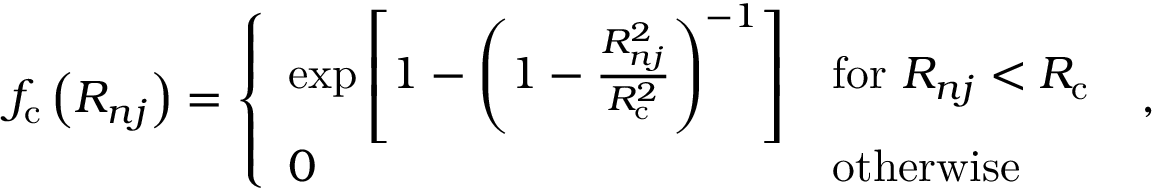
\begin{array} { r } { f _ { \mathrm { c } } \left( R _ { n j } \right) = \left\{ \begin{array} { l l } { \exp \left[ 1 - \left( 1 - \frac { R _ { n j } ^ { 2 } } { R _ { \mathrm { c } } ^ { 2 } } \right) ^ { - 1 } \right] } & { \mathrm { f o r } \ R _ { n j } < R _ { \mathrm { c } } } \\ { 0 } & { \mathrm { o t h e r w i s e } } \end{array} \right. \ , } \end{array}